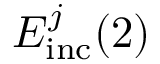
E _ { \mathrm { i n c } } ^ { j } ( 2 )